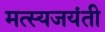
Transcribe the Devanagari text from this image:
मत्स्यजयंती